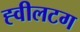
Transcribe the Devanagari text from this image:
ह्वीलटग